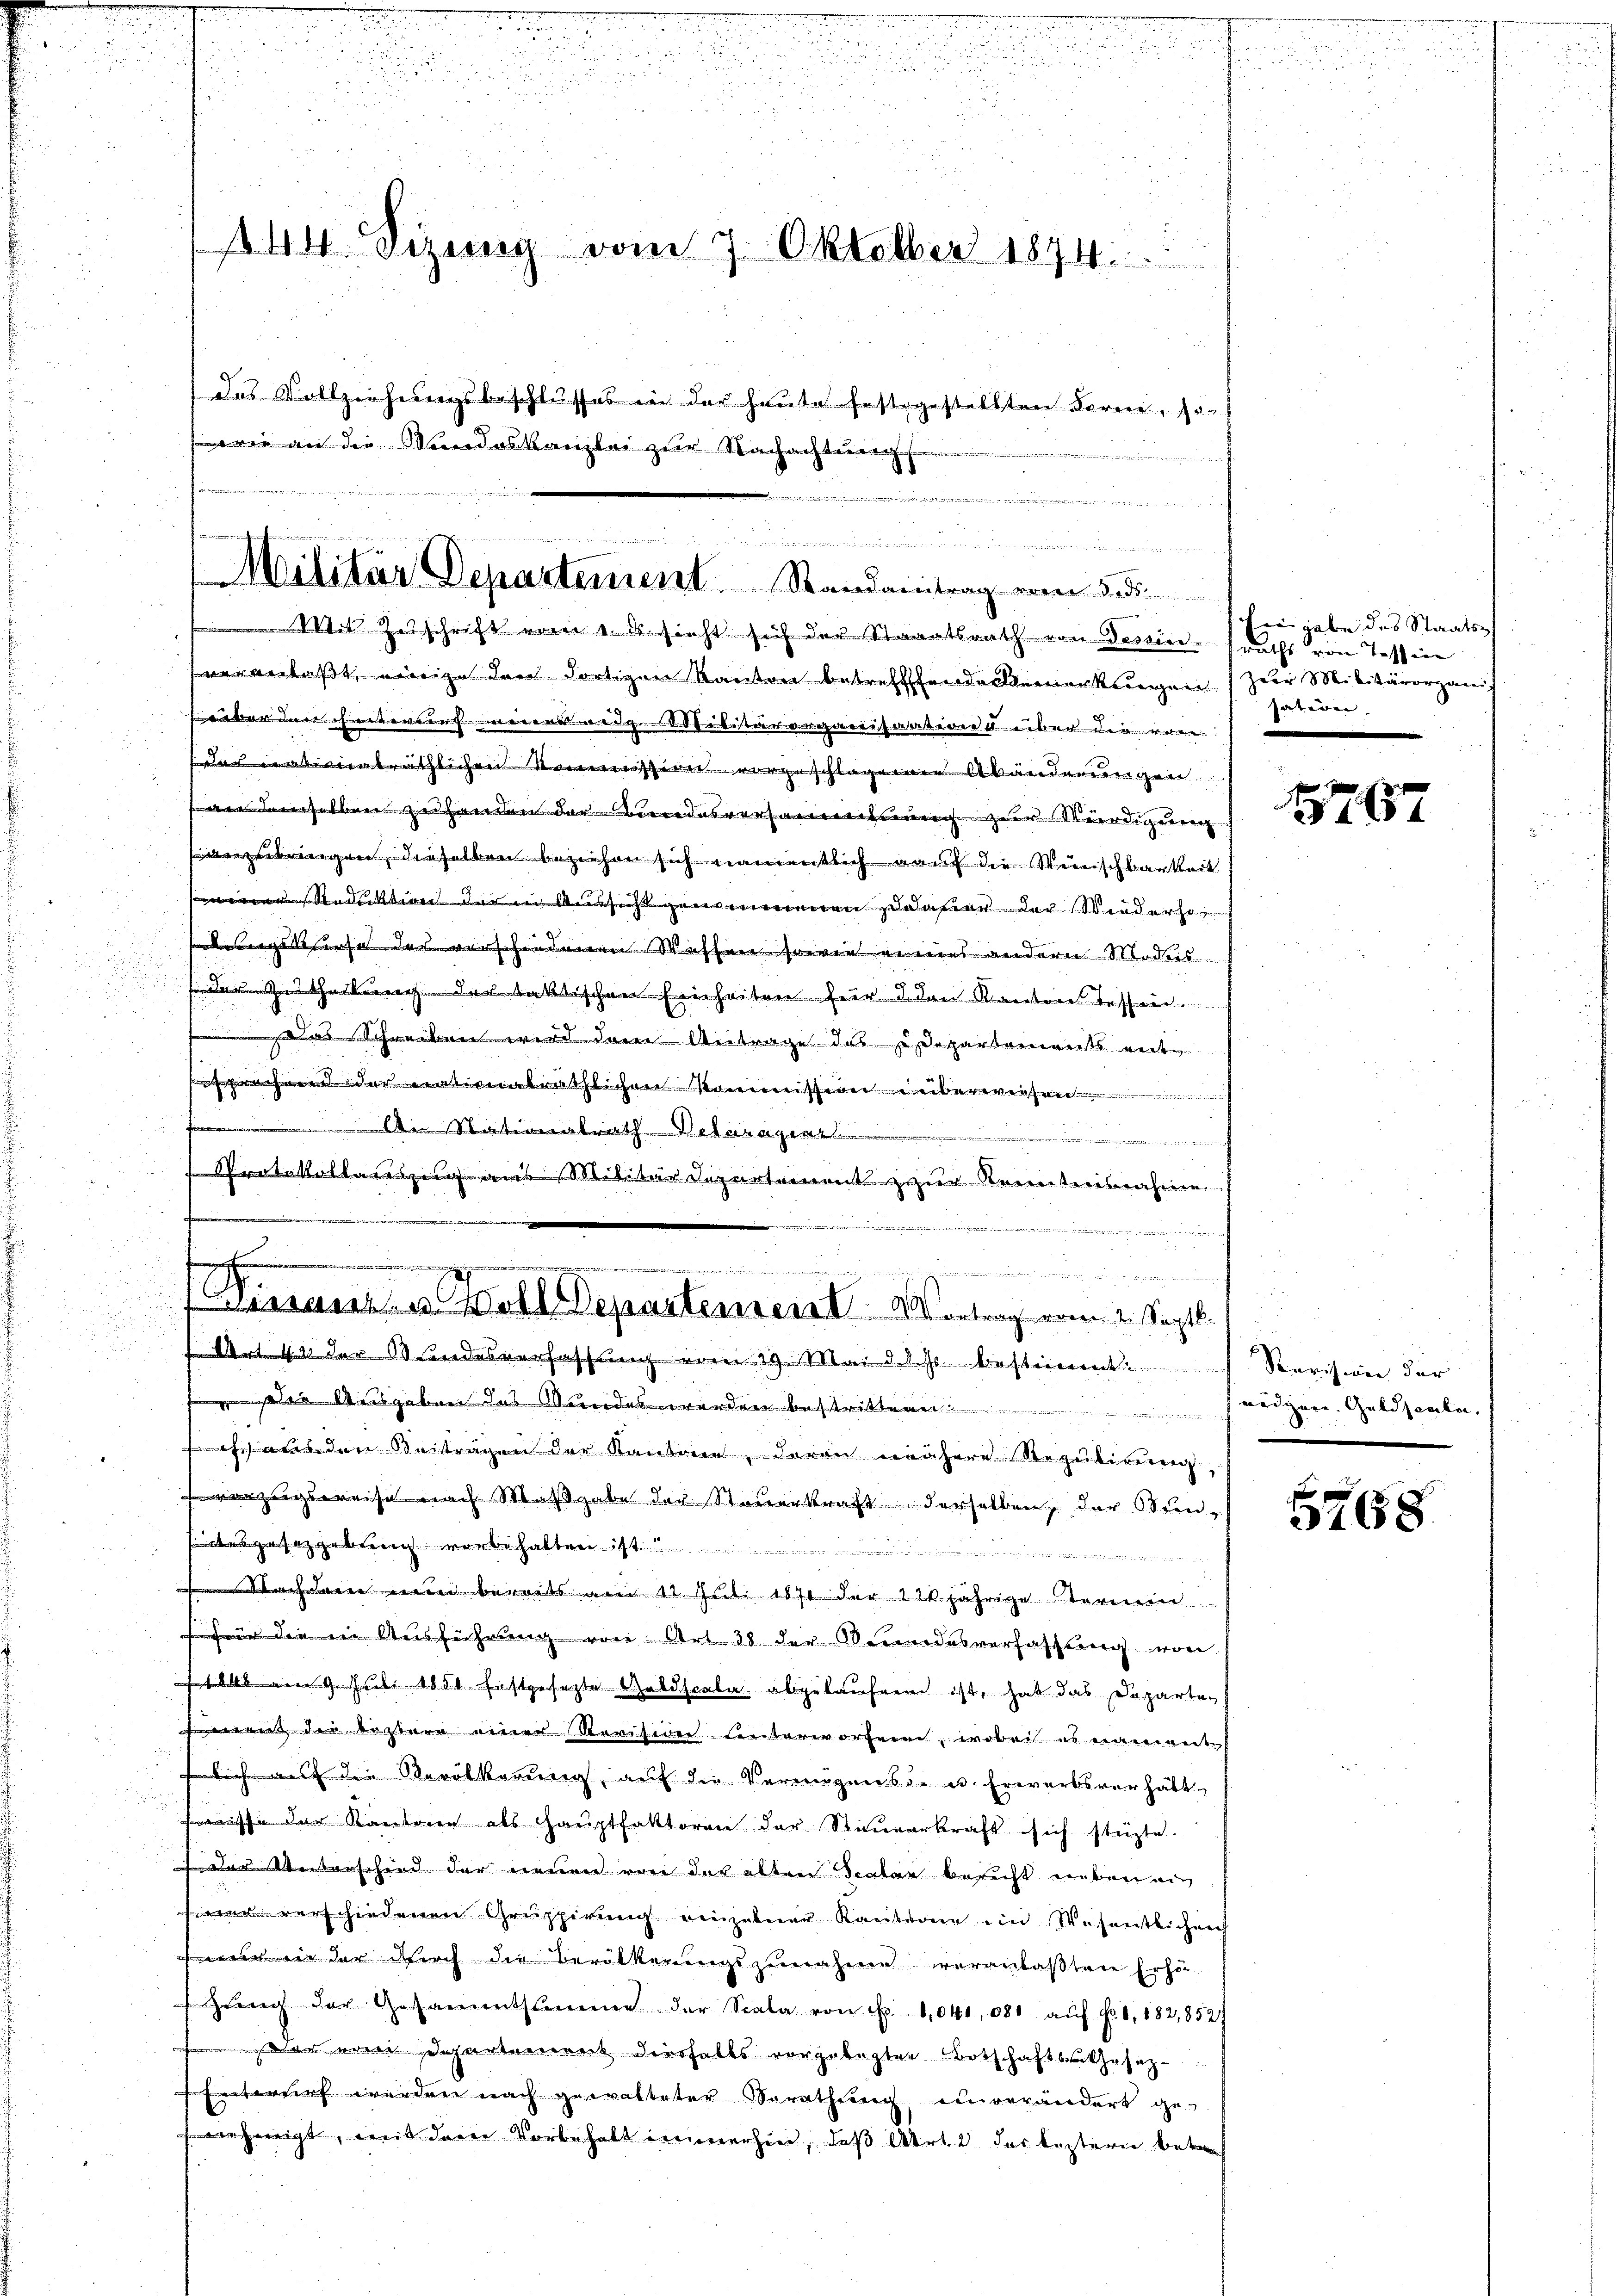
u
d
144 Sizung vom 7. Oktober 1874.
das Vollziehungsbeschlusses in der heute festgestellten Parere, son
wie an die Wandeskanzlei zur Nachachtung

.
Militär Departement. Randantrag vom 5. d.

Mit Zuschrift vom 1. ds. sieht sich der Staaatsrath von Tessin traths von Tessine
veranlaßt, einige den dortigen Kanton betreffende Bemerkungen (zur Militärorganis
  der heute waren bestaerarisation über der even
äthlichen Kommission vorgeschlagenen Abänderweigen
eselben zu handen der des verweise zeigen
zubringen, dieselben beziehen sich namentlich auf die Wünschbarkeit
 Aussicht genommenen daher der Wiederho
 Wassen sowie eines andern Modes
s der Mittheilung der taktischen Einheiten für den Kantone tester
aschreiben wird der Antrage des Departements entsehen der verbräthlichen Kommissenen überwen
.
.
takel litter Signetement zur Sonntersahmen

Art. 42 der Wundesverfassung vom 19. Mai d. d. Js. bestimmt:
 die Ausgeben des Wundes werden bestritten
8
aden Beiträgen der Kantone, darin nähere Regulirung,
zureise nach Maßgabe der Steuerkraft derselben, der Stunesgesetzgebung vorbehalten ist.
.
e ein bereits am 1t Juli ist der 12jährige termin s
für die in Ausführung von Art. 38 der Beendesverfassung wäre
14 n 9. Juli 1851 festgesetzte Geldscabe abgelaufen ist, hat das Departen s
h der bestern einer Revisiden Leisterworfene, wobei es einmant
flich auf die Verölkerung, auf die Vermögens de u. Erwerbsverhält
ische der Kantreen als Haŭptfaktoren der Steŭerkraft sich stüzte.
den Unterschied der neuen von der alten Vater besicht eben ein
 verschiedenen Gruppirung einzelner Kantone im Wesentlichen
wen in der durch die Bevölkerungszunahme veranlaßten Erhö¬
Gewich der Gesammtsumme der Scala von Fr. 1041, 080. aŭf Fr. 8, 182,852/
Das einen Departenvereit dieshalts vorgelegten Botschaftsrathesatz¬
Entordirt werden nach gewalteter Sorathung einverändert ge-
eheinigt, mit dem Vorbehalt immerhin, daß Art. 2 das kasterie betref

e
242 n 1272 n 1. 24 der den der eine an dem

d
Bienen u. Boll Departemeist Vortrag vom 2. Septb.

sen habe des Staats¬
Jaberen.

767

Revision der
wedgere Geldseuler,

5768